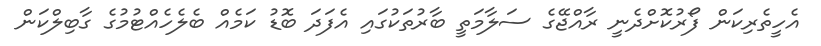
އެހީތެރިކަން ފޯރުކޮށްދެނީ ރާއްޖޭގެ ސަލާމަތީ ބާރުތަކުގައި އެފަދަ ބޮޑު ކަމެއް ބެލެހެއްޓުމުގެ ގާބިލްކަން